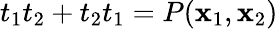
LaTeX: t_{1}t_{2}+t_{2}t_{1}=P(\mathbf{x}_{1},\mathbf{x}_{2})